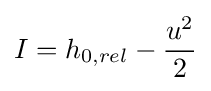
I=h_{0,rel}-{\frac {u^{2}}{2}}